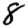
Digit: 8